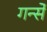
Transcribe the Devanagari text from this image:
गर्न्से